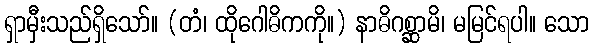
ရှာမှီးသည်ရှိသော်။ (တံ၊ ထိုဂေါဓိကကို။) နာဓိဂစ္ဆာမိ၊ မမြင်ရပါ။ သော